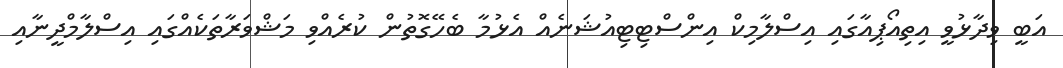
އަބީ ވިދާޅުވީ އިތިއޯޕިއާގައި އިސްލާމިކް އިންސްޓިޓިއުޝަނެއް އެޅުމާ ބެހޭގޮތުން ކުރެއްވި މަޝްވަރާތަކެއްގައި އިސްލާމްދީނާއި